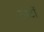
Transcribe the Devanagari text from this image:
ठाटों